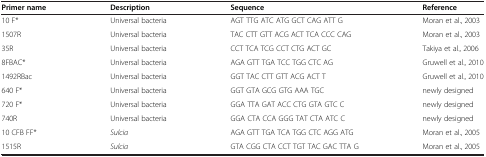
| Primer name | Description | Sequence | Reference |
 | --- | --- | --- | --- |
 | 10 F* | Universal bacteria | AGT TTG ATC ATG GCT CAG ATT G | Moran et al., 2003 |
 | 1507R | Universal bacteria | TAC CTT GTT ACG ACT TCA CCC CAG | Moran et al., 2003 |
 | 35R | Universal bacteria | CCT TCA TCG CCT CTG ACT GC | Takiya et al., 2006 |
 | 8FBAC* | Universal bacteria | AGA GTT TGA TCC TGG CTC AG | Gruwell et al., 2010 |
 | 1492RBac | Universal bacteria | GGT TAC CTT GTT ACG ACT T | Gruwell et al., 2010 |
 | 640 F* | Universal bacteria | GGT GTA GCG GTG AAA TGC | newly designed |
 | 720 F* | Universal bacteria | GGA TTA GAT ACC CTG GTA GTC C | newly designed |
 | 740R | Universal bacteria | GGA CTA CCA GGG TAT CTA ATC C | newly designed |
 | 10 CFB FF* | Sulcia | AGA GTT TGA TCA TGG CTC AGG ATG | Moran et al., 2005 |
 | 1515R | Sulcia | GTA CGG CTA CCT TGT TAC GAC TTA G | Moran et al., 2005 |